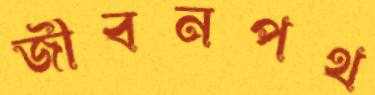
জীবনপথ